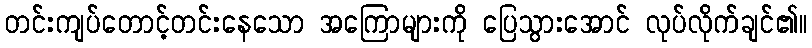
တင်းကျပ်တောင့်တင်းနေသော အကြောများကို ပြေသွားအောင် လုပ်လိုက်ချင်၏။